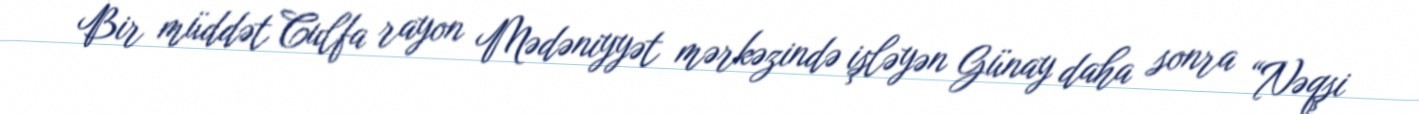
Bir müddət Culfa rayon Mədəniyyət mərkəzində işləyən Günay daha sonra “Nəqşi